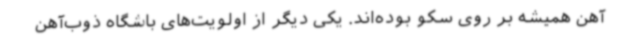
آهن همیشه بر روی سکو بوده‌اند. یکی دیگر از اولویت‌های باشگاه ذوب‌آهن